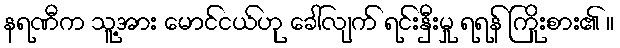
နရဏီက သူ့အား မောင်ငယ်ဟု ခေါ်လျက် ရင်းနှီးမှု ရရန် ကြိုးစား၏ ။